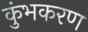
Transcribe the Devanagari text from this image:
कुंभकरण